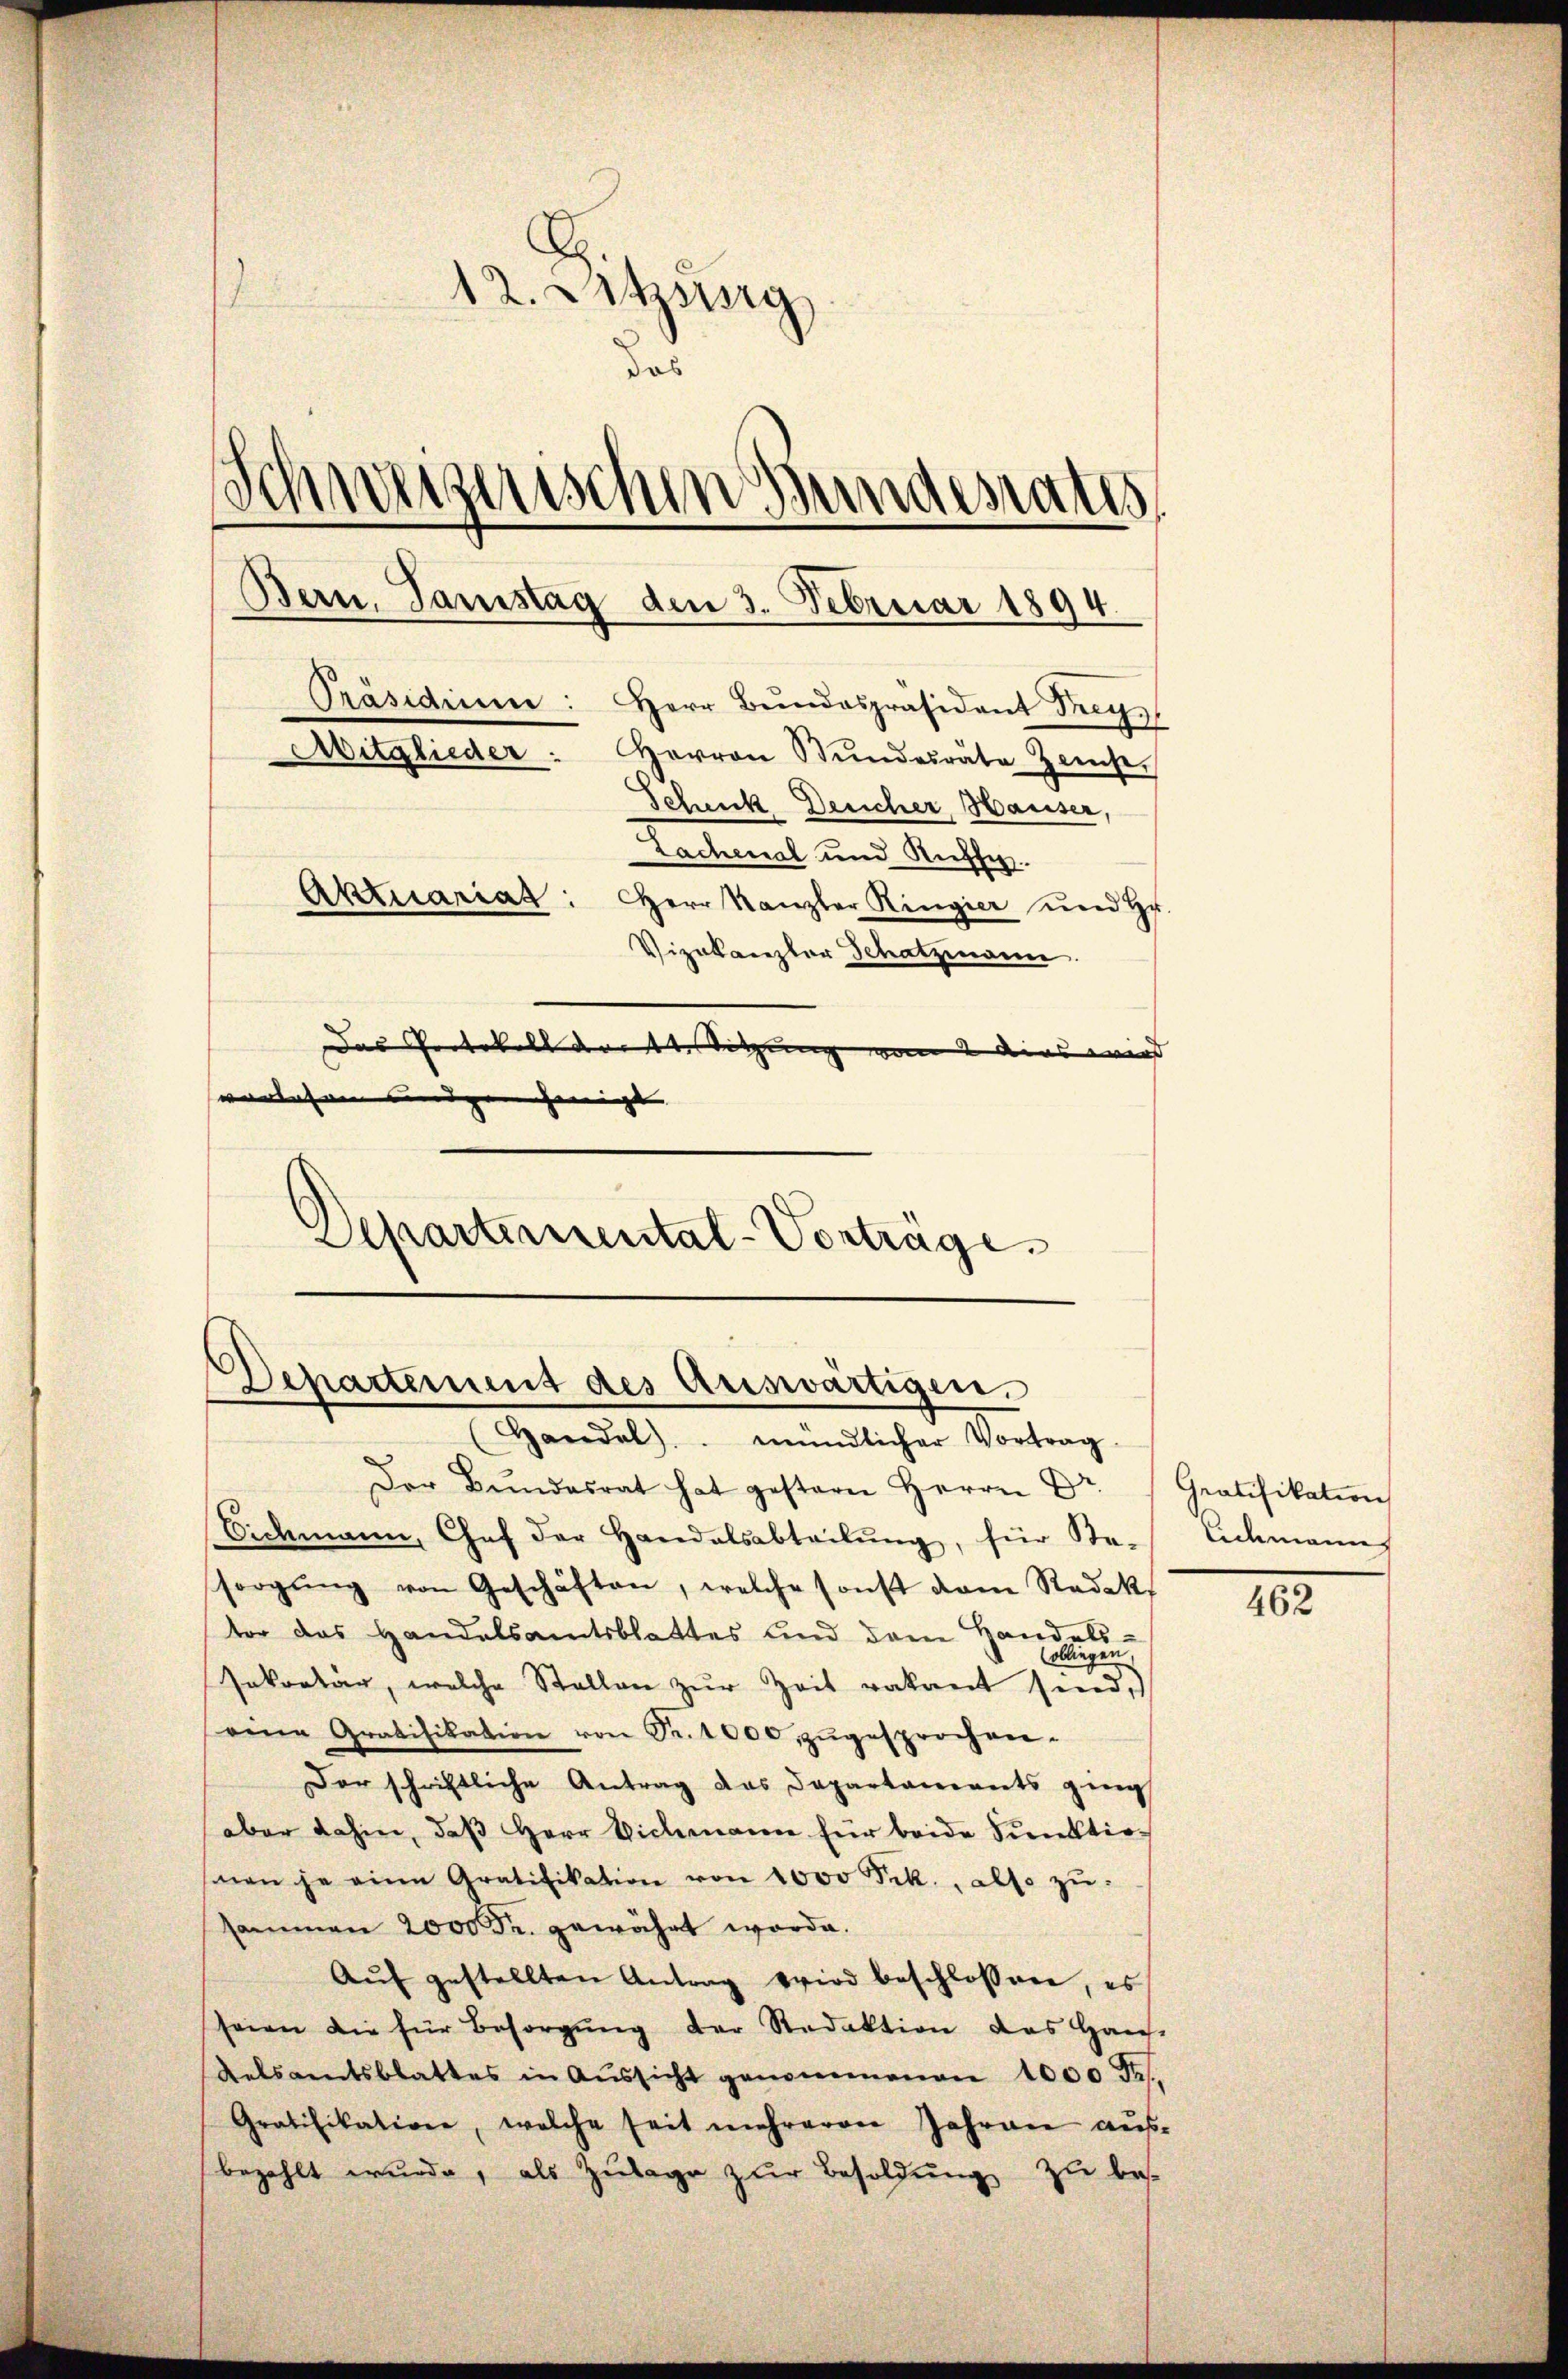
12. Letzssig
dos
Schweizerischen Bundesaus
Bern, Samstag den 3. Februar 1894.
Präsidium: Herr Bŭndespräsident Freyz
Avitglieder " Harron Stundesräte Zeiche,
Schenck Deucher, Hauser,
Lachenal und Richte
Aktuariat: Herr Kanzler Ringier und Hr.
Vizekanzler Schatzmann.
Das Protokoll der Sitzung vom 2 dies wird |
worlesen und geneigt |
Departemental-Vorträge.

Departement des Auswärtigen.
Handel mündlicher Vortrag.

Der Bundesrat hat gestern Herrn Dr.
Eichmann, Chef der Handalsabteilŭng, für Be-
sorgŭng von Geschäften, welche sonst vom Redak
ter das Handelsamtsblattes und dem Hau
sakorlar, welche Stellen zŭr Zeit vakant seine
seine Gratifikation von Fr. 1000 zugesprochen.
Der schriftliche Antrag das Departaments ging
aber dahin, daß Herr Vichmann für beide Punktiohnen je eine Gratifikation von 1000 Frk., also zu:
sammen 2000 Fr. gewährt worde.
Aŭf gestellten Antrag wird beschlossen, es
seien die für Besorgŭng der Redaktion das Haus
Kelsamtsblattes in Aŭssicht genommenen 1000 Fr.
Gratifikatione, welche seit mehreren Jahren ausbezahlt wurde, als Zulage zur Besoldung zu bes

Gratifikation
Eidmann

462